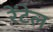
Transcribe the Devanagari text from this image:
रेंटेल